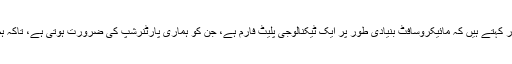
کانفرنس میں شریک ایک ماہر ’کنفیوزسلوشن‘ کے سی ای او، ہاشم ذوالفقار کہتے ہیں کہ مائیکروسافٹ بنیادی طور پر ایک ٹیکنالوجی پلیٹ فارم ہے، جن کو ہماری پارٹنرشپ کی ضرورت ہوتی ہے، تاکہ ہم ان کی ٹیکنالوجی کو صنعتوں کے مسائل کے حل میں استعمال کرسکیں۔